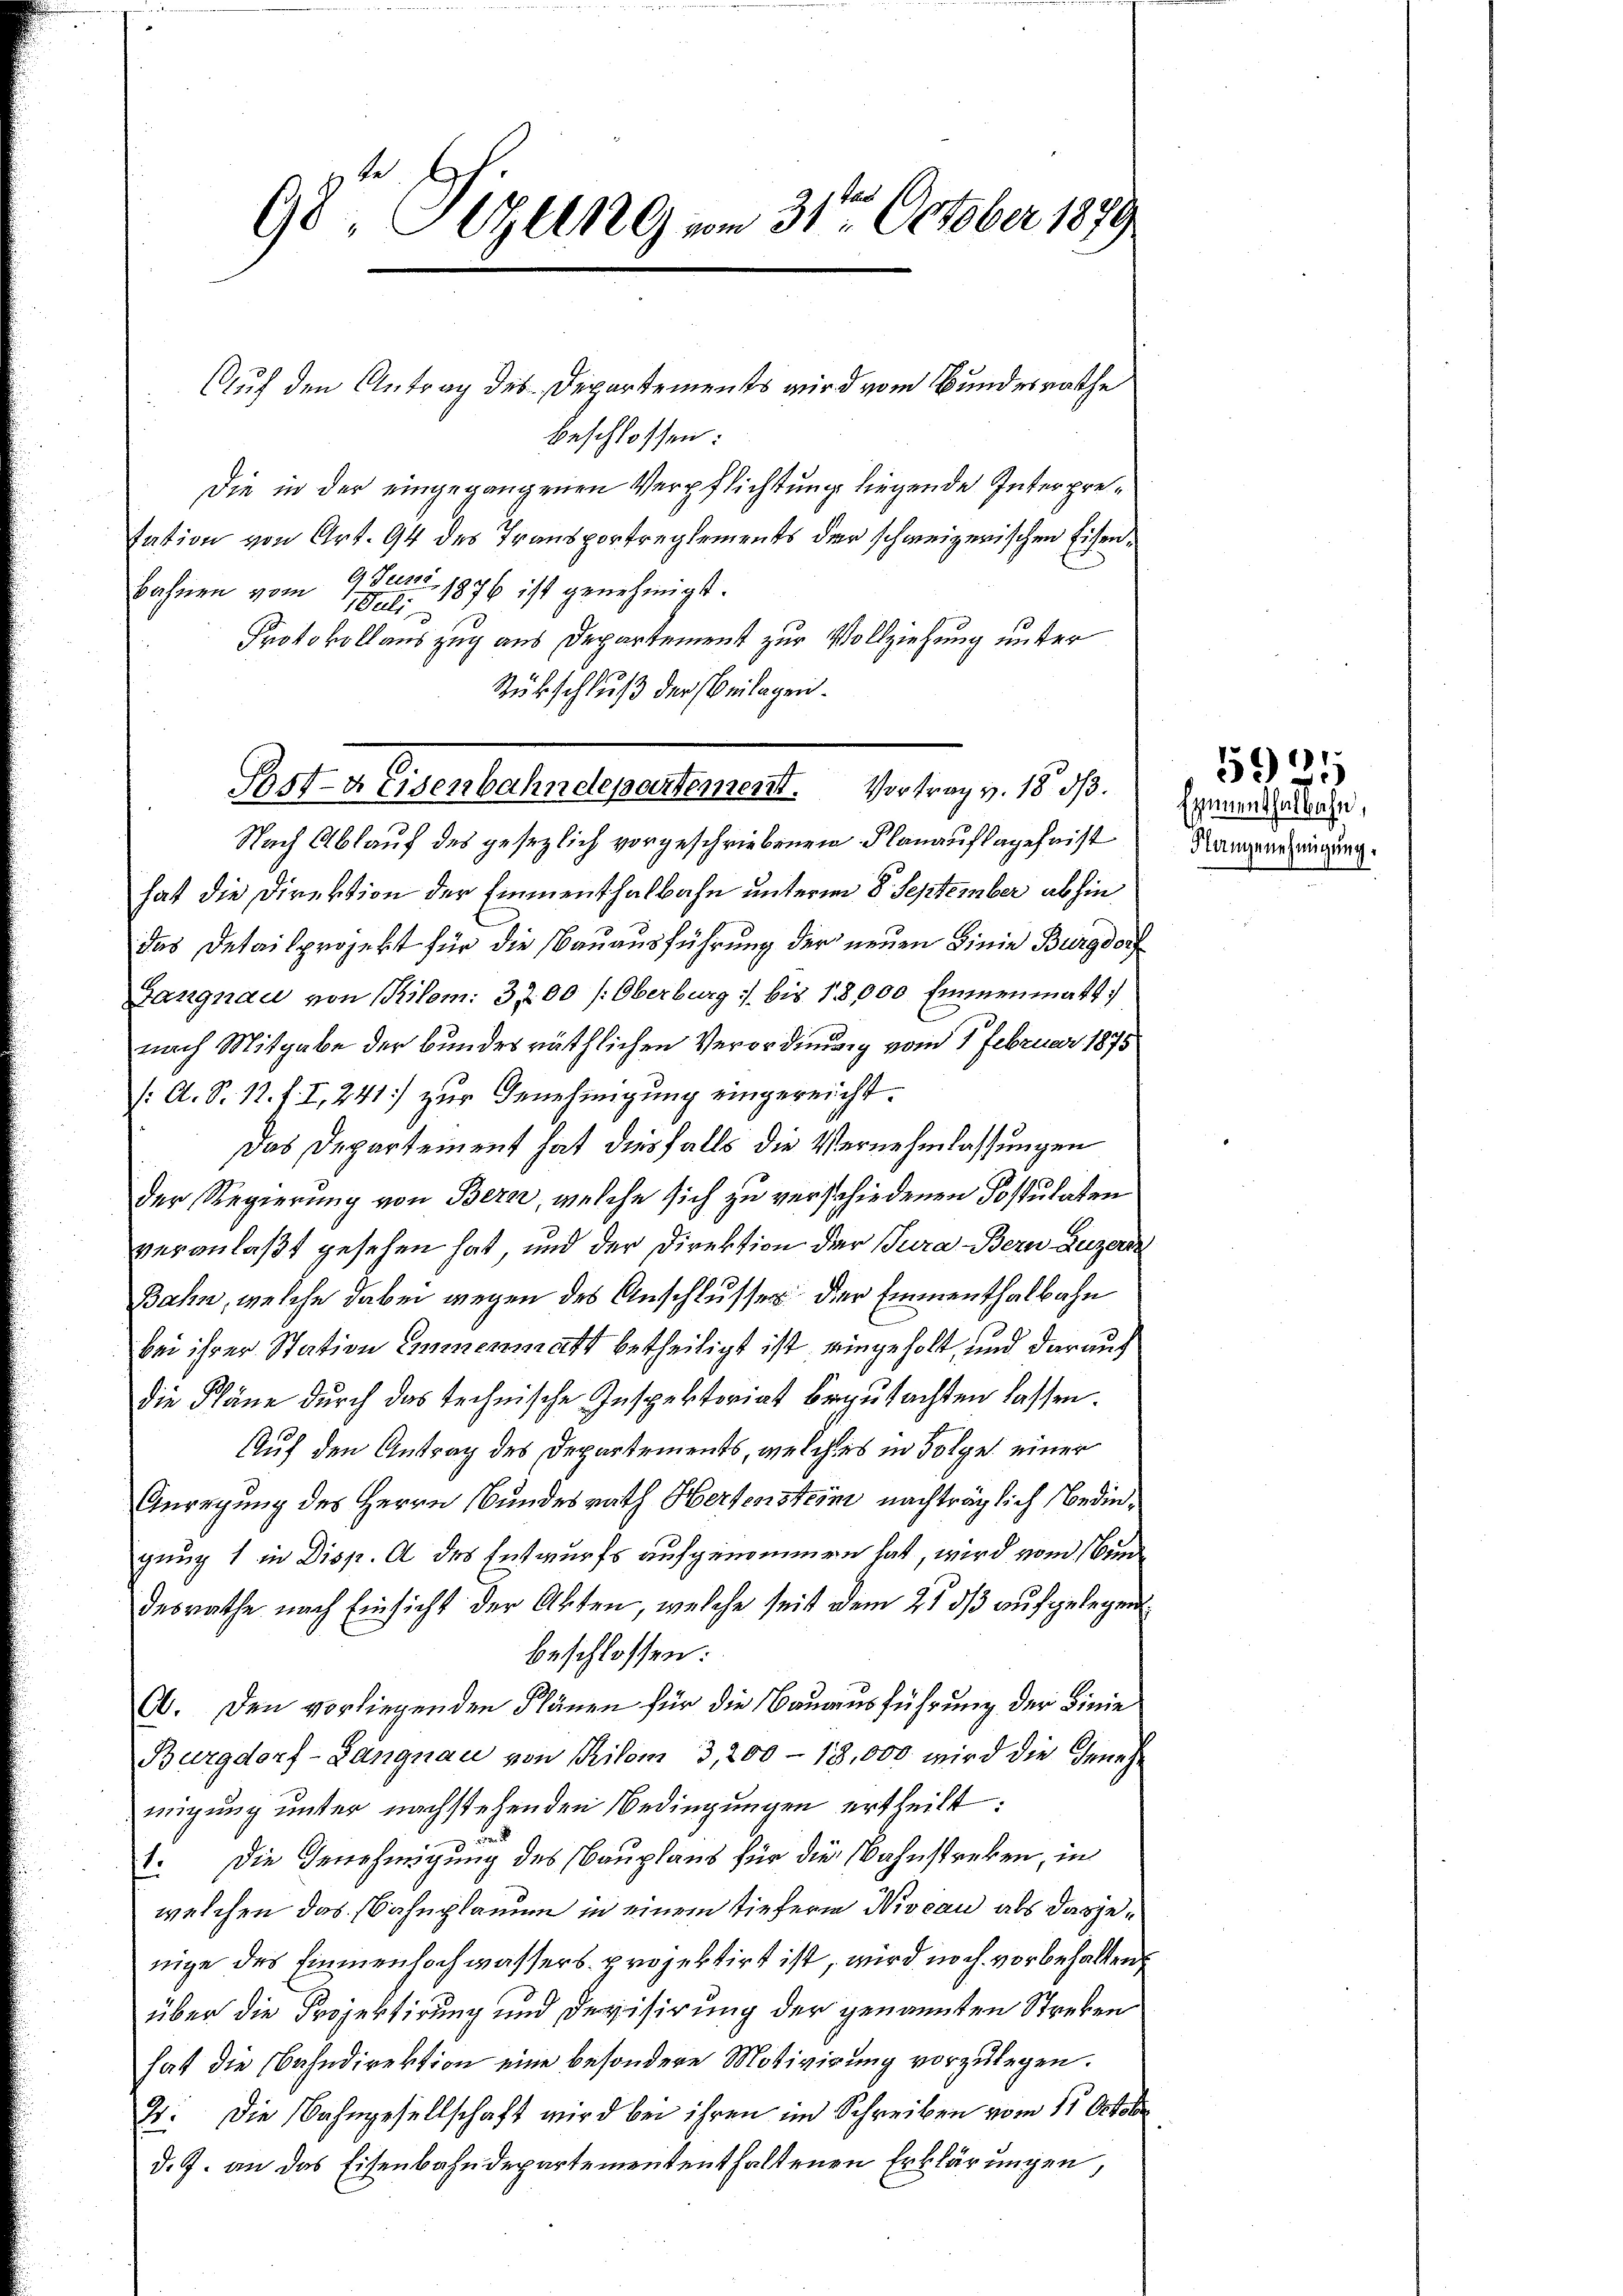
Auf den Antrag des Departements wird vom Bundesrathe
beschlossen:
Die in der eingegangenen Verpflichtung liegende Interpretation von Art. 94 des Transportreglements der schweizerischen Eisenbahnen vom 9. Juni 1876 ist genehmigt.
1 Juli
Protokollauszug aus Departement zur Vollziehung unter
Rückschluß der Beilagen.
Nach Ablauf des gesezlich vorgeschriebenen Flanauflageheist
hat die Direktion der Emmenthalbahn unterm 8. September abhin
das Detailprojekt für die Bauausführung der neuen Linie Burgdorf
Gangnau von Kilom: 3200 (Oberburg 1. bis 18,000 Emmenmatt
nach Mitgabe der bundesräthlichen Verordnung vom 1 Februar 1875
(: A. S. 12. f. I, 241) zur Genehmigung eingereicht.
Das Departement hat diesfalls die Vernehmlassungen
der Regierung von Bern, welche sich zu verschiedenen Postulaten
veranlaßt gesehen hat, und der Direktion der Jura Bern Luzern
Bahn, welche dabei wegen des Anschlusses der Emmenthalbahn
bei ihrer Station Emmenmatt betheiligt ist eingeholt, und darauf
Die Pläne durch das technische Inspektoriat begutachten lassen.
Auf den Antrag des Departements, welches in Folge einer
Anregung des Herrn Bundesrath Hertenstein nachträglich Bedingung 1 in Disp. A des Entwurfs aufgenommen hat, wird vom Bundesrathe nach Einsicht der Akten, welche seit dem 21 dß aufgelegen
beschlossen:
60. Den vorliegenden Plänen für die Bauausführung der Linie
Burgdorf-Langnau von Pilom 3,200 - 18,000 wird die Genehmigung unter nachstehenden Bedingungen ertheilt:
1. Die Genehmigung des Bauplaus für die Wahnstreken, in
welchen das Bahnplanum in einem tiefern Niveau als dasjenige des Einmenhochwassers projektirt ist, wird noch vorbehalten
über die Projektirung und Revisirung der genannten Streken
hat die Nahndirektion eine besondere Motivirung vorzulegen.
2: Die Bahngesellschaft wird bei ihren im Schreiben vom 11. October
d. J. an das Eisenbahndepartemententhaltenen Erklärungen,

98, Sizung vom 31ten October 1879

Gst-a Eisenbahndepartement. Vortrag v. 18 d.

Egmenthalbahn,
Nangenehmigung.

591